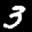
Label: 3